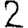
Digit: 2